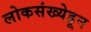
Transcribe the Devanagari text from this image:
लोकसंख्येहून